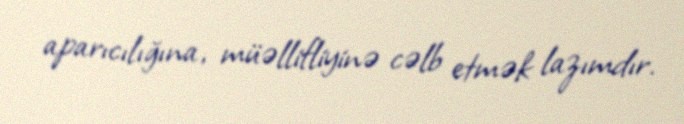
aparıcılığına, müəllifliyinə cəlb etmək lazımdır.